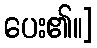
ပေး၏။]